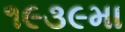
૧૯૩૯મા